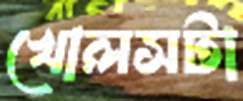
খোলসটা